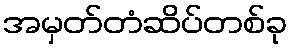
အမှတ်တံဆိပ်တစ်ခု